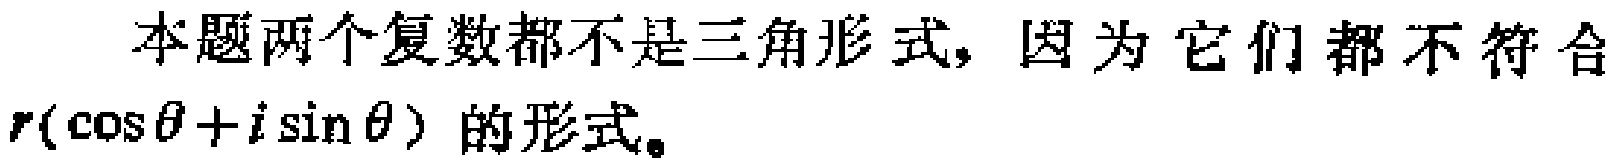
本题两个复数都不是三角形式，因为它们都不符合
\(r(\cos\theta + i\sin\theta)\)的形式。